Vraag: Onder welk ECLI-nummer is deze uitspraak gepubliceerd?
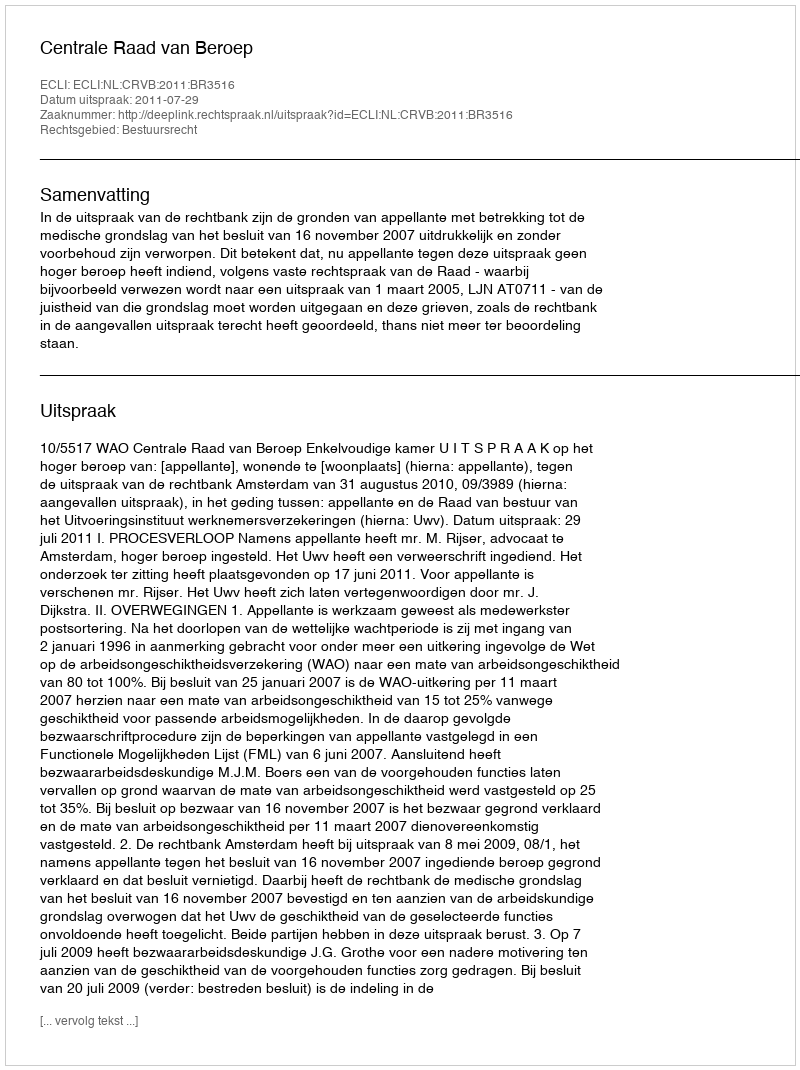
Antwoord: ECLI:NL:CRVB:2011:BR3516